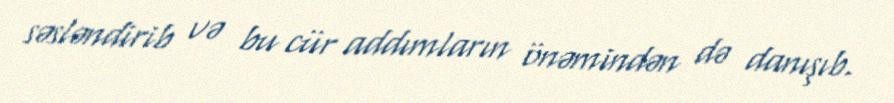
səsləndirib və bu cür addımların önəmindən də danışıb.